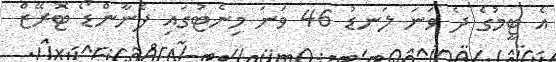
އެ ޓީމުގެ ދެ ވަނަ ލަނޑު 46 ވަނަ މިނެޓުގައި ފެނާންޑޯ ޓޮރޭޒް